Report on vaccination in Madras 1904-1921 - 1904-1921
Year: 1904
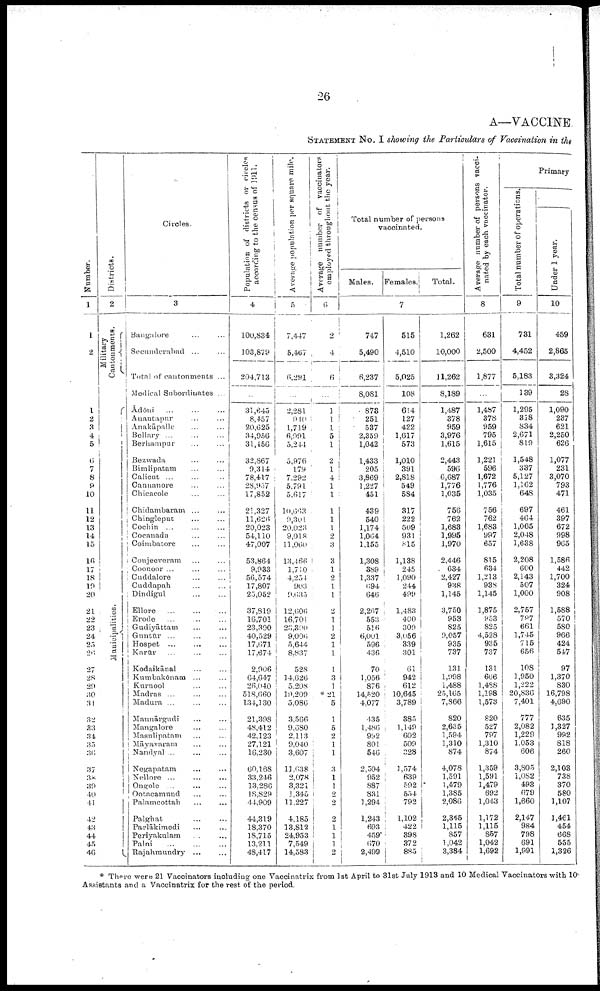
26
A—VACCINE
STATEMENT No. I showing the Particulars of Vaccination in the
Number.
1
1
2
1
2
3
4
5
6
7
8
9
10
11
12
13
14
15
16
17
18
19
20
21
22
23
24
25
26
27
28
29
30
31
32
33
34
35
36
37
38
39
40
41
42
43
44
45
46
Districts.
2
Military
Cantonments.
Municipalities.
Circles.
3
Bangalore ... ...
Secunderabad ... ...
Total of cantonments ...
Medical Subordinates ...
Āclōni
...
...
...
Anantapur ... ...
Anakāpalle ... ...
Bellary ... ...
Berhampur ... ...
Bezwada ... ...
Bimlipatam ... ...
Calicut ... ...
Cannanore ... ...
Chicacole ... ...
Chidambaram ... ...
Chingleput ... ...
Cochin ... ... ...
Cocanada ... ...
Coimbatore ... ...
Conjeeveram ... ...
Coonoor ... ... ...
Cuddalore ... ...
Cuddapah ... ...
Dindigul ... ...
Ellore ... ... ...
Erode ... ... ...
Gudiyāttam ... ...
Gnntūr
...
...
...
Hospet ... ... ...
Karūr
...
...
...
kodaikānal ... ...
Kumbakōnam ... ...
Kurnool ... ...
Madras ... ... ...
Madura ... ... ...
Mannārgudi ... ...
Mangalore ... ...
Masulipatam ... ...
Māyavaram ... ...
Nandyal ... ... ...
Negapatam ... ...
Nellore
...
...
...
Ongole ... ... ...
Ootacamund ... ...
Palamcottah ... ...
Palghat ... ...
Parlākimedi ... ...
Periyakulam ... ...
Palni
...
...
...
Rajahmundry ... ...
Population of districts or circles
according to the census of 1911.
4
100,834
103,879
204,713
...
31,645
8,457
20,625
34,956
31,456
32,867
9,314
78,417
28,957
17,852
21,327
11,626
20,023
54,110
47,007
53,864
9,933
56,574
17,807
25,052
37,819
16,701
23,390
40,529
17,671
17,674
2,906
64,647
26,040
518,660
134,130
21,398
48,412
42,123
27,121
16,230
60,168
33,246
13,286
18,829
44,909
44,319
18,370
18,715
13,211
48,417
Average population per square mile.
5
7,447
5,467
6,291
...
2,281
910
1,719
6,991
5,244
5,976
179
7,292
5,791
5,617
10,663
9,301
20,023
9,018
11,060
13,466
1,710
4,254
903
9,635
12,606
16,701
23,390
9,006
5,644
8,837
528
14,626
5,208
10,209
5,086
3,566
9,680
2,113
9,040
3,607
11,638
2,078
3,321
1,345
11,227
4,185
13,812
24,953
7,549
14,583
Average number of vaccinators
employed throughout the year.
6
2
4
6
...
1
1
1
5
1
2
1
4
1
1
1
1
1
2
3
3
1
2
1
1
2
1
1
2
1
1
1
3
1
* 21
5
1
5
2
1
1
3
1
1
2
2
2
1
1
1
2
Total number of persons
vaccinated.
Males.
Females.
Total.
7
747
5,490
6,237
8,081
873
251
537
2,359
1,042
1,433
205
3,869
1,227
451
439
540
1,174
1,064
1,155
1,308
389
1,337
694
646
2,267
553
516
6,001
596
436
70
1,056
876
14,520
4,077
435
1,486
992
801
546
2,504
952
887
831
1,294
1,243
693
459
670
2,499
515
4,510
5,025
108
614
127
422
1,617
573
1,010
391
2,818
549
584
317
222
509
931
815
1,138
245
1,090
244
499
1,483
400
309
3,056
339
301
61
942
612
10,645
3,789
385
1,149
602
509
328
1,574
639
592
554
792
1,102
422
398
372
885
1,262
10,000
11,262
8,189
1,487
378
959
3,976
1,615
2,443
596
6,687
1,776
1,035
756
762
1,683
1,995
1,970
2,446
634
2,427
938
1,145
3,750
953
825
9,057
935
737
131
1,098
1,488
25,165
7,866
820
2,635
1,594
1,310
874
4,078
1,591
1,479
1,385
2,086
2,345
1,115
857
1,042
3,384
Average number of persons vacci-
nated by each vaccinator.
8
631
2,500
1,877
...
1,487
378
959
795
1,615
1,221
596
1,672
1,776
1,035
756
762
1,683
997
657
815
634
1,213
938
1,145
1,875
953
825
4,528
935
737
131
666
1,488
1,198
1,573
820
527
797
1,310
874
1,359
1,591
1,479
692
1,043
1,172
1,115
857
1,042
1,692
Primary
Total number of operations.
9
731
4,452
5,183
139
1,295
318
834
2,671
819
1,548
337
5,127
1,162
648
697
464
1,065
2,048
1,638
2,208
600
2,143
507
1,000
2,757
787
661
1,745
715
656
108
1,950
1,222
20,836
7,401
777
2,082
1,229
1,053
606
3,805
1,082
493
679
1,660
2,147
984
798
691
1,991
Under 1 year.
10
459
2,865
3,324
28
1,090
237
621
2,250
626
1,077
231
3,070
793
471
461
397
672
998
965
1,586
442
1,700
324
908
1,588
570
580
966
424
547
97
1,370
830
16,798
4,690
635
1,327
992
818
260
2,103
738
370
580
1,107
1,461
454
668
555
1,326
* There were 21 Vaccinators including one Vaccinatrix from 1st April to 31st July 1913 and 10 Medical Vaccinators with 10
Assistants and a Vaccinatrix for the rest of the period.